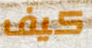
كيف